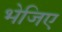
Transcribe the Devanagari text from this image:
भेजिए